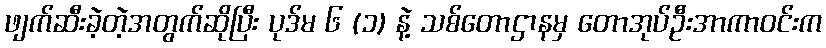
ဖျက်ဆီးခဲ့တဲ့အတွက်ဆိုပြီး ပုဒ်မ ၆ (၁) နဲ့ သစ်တောဌာနမှ တောအုပ်ဦးအာကာဝင်းက